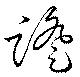
蹬